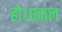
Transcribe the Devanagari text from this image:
हो।एकल